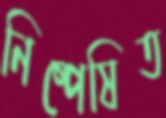
নিষ্পেষিত